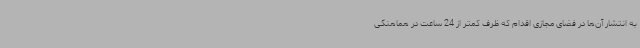
به انتشار آن‌ها در فضای مجازی اقدام که ظرف کمتر از 24 ساعت در هماهنگی